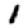
Digit: 1